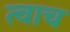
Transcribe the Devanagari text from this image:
त्वाच